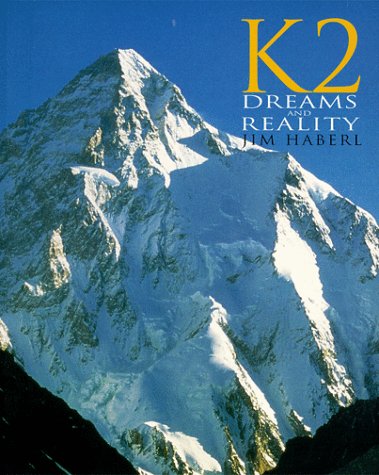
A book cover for K2-Dreams and Reality (Raincoast Journeys); Jim Haberl; Travel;